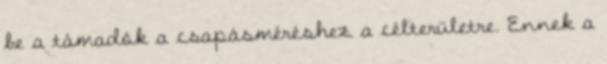
be a támadók a csapásméréshez a célterületre. Ennek a